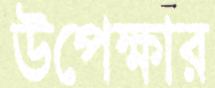
উপেক্ষার